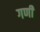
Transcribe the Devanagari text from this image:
गणीं